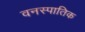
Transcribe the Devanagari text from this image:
वनस्पातिक